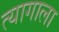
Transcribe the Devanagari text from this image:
त्यागाला